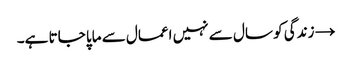
→	زندگی کو سال سے نہیں اعمال سے ماپا جاتا ہے۔